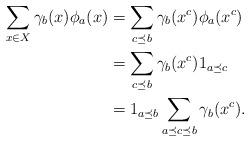
LaTeX: \begin{align*}\sum_{x\in X}\gamma_b(x)\phi_{a}(x)&=\sum_{c\preceq b} \gamma_b(x^c)\phi_{a}(x^c)\\&=\sum_{c\preceq b} \gamma_b(x^c) 1_{a\preceq c}\\&=1_{a\preceq b}\sum_{a\preceq c\preceq b}\gamma_b(x^c).\end{align*}